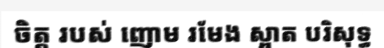
ចិត្ត របស់ ញោម រមែង ស្អាត បរិសុទ្ធ